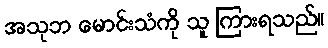
အသုဘ မောင်းသံကို သူ ကြားရသည်။